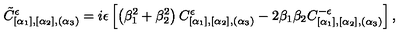
\tilde { C } _ { [ \alpha _ { 1 } ] , [ \alpha _ { 2 } ] , ( \alpha _ { 3 } ) } ^ { \epsilon } = i \epsilon \left[ \left( \beta _ { 1 } ^ { 2 } + \beta _ { 2 } ^ { 2 } \right) C _ { [ \alpha _ { 1 } ] , [ \alpha _ { 2 } ] , ( \alpha _ { 3 } ) } ^ { \epsilon } - 2 \beta _ { 1 } \beta _ { 2 } C _ { [ \alpha _ { 1 } ] , [ \alpha _ { 2 } ] , ( \alpha _ { 3 } ) } ^ { - \epsilon } \right] ,